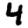
Digit: 4